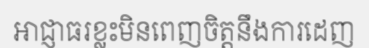
អាជ្ញាធរខ្លះមិនពេញចិត្តនឹងការដេញ